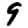
Digit: 9